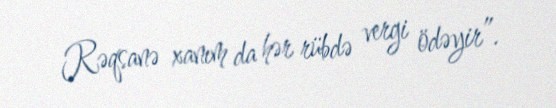
Rəqsanə xanım da hər rübdə vergi ödəyir”.